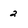
Character: 2